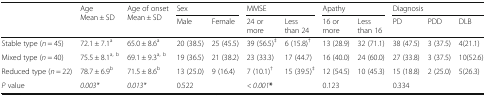
<table><thead><tr><td rowspan="2">[EMPTY_CELL]</td><td rowspan="2"><b>Age Mean ± SD</b></td><td rowspan="2"><b>Age of onset Mean ± SD</b></td><td colspan="2"><b>Sex</b></td><td colspan="2"><b>MMSE</b></td><td colspan="2"><b>Apathy</b></td><td colspan="3"><b>Diagnosis</b></td></tr><tr><td><b>Male</b></td><td><b>Female</b></td><td><b>24 or more</b></td><td><b>Less than 24</b></td><td><b>16 or more</b></td><td><b>Less than 16</b></td><td><b>PD</b></td><td><b>PDD</b></td><td><b>DLB</b></td></tr></thead><tbody><tr><td>Stable type (<i>n</i> = 45)</td><td>72.1 ± 7.1<sup>a</sup></td><td>65.0 ± 8.6<sup>a</sup></td><td>20 (38.5)</td><td>25 (45.5)</td><td>39 (56.5)<sup>‡</sup></td><td>6 (15.8)<sup>†</sup></td><td>13 (28.9)</td><td>32 (71.1)</td><td>38 (47.5)</td><td>3 (37.5)</td><td>4(21.1)</td></tr><tr><td>Mixed type (<i>n</i> = 40)</td><td>75.5 ± 8.1<sup>a, b</sup></td><td>69.1 ± 9.3<sup>a, b</sup></td><td>19 (36.5)</td><td>21 (38.2)</td><td>23 (33.3)</td><td>17 (44.7)</td><td>16 (40.0)</td><td>24 (60.0)</td><td>27 (33.8)</td><td>3 (37.5)</td><td>10(52.6)</td></tr><tr><td>Reduced type (<i>n</i> = 22)</td><td>78.7 ± 6.9<sup>b</sup></td><td>71.5 ± 8.6<sup>b</sup></td><td>13 (25.0)</td><td>9 (16.4)</td><td>7 (10.1)<sup>†</sup></td><td>15 (39.5)<sup>‡</sup></td><td>12 (54.5)</td><td>10 (45.3)</td><td>15 (18.8)</td><td>2 (25.0)</td><td>5(26.3)</td></tr><tr><td><i>P</i> value</td><td><i>0.003*</i></td><td><i>0.013*</i></td><td colspan="2">0.522</td><td colspan="2"><i>&lt; 0.001</i><b>*</b></td><td colspan="2">0.123</td><td colspan="3">0.334</td></tr></tbody></table>